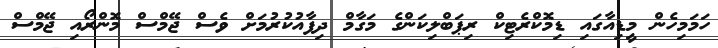
ހަމަމިހެން މީޑިއާގައި ޑިމޮކްރެޓިކް ރިޕަބްލިކަންގެ މަގާމް ދިފާއުކުރުމަށް ވެސް ޖޭމްސް މޮންރޯއި ޖޭމްސް